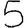
Digit: 5